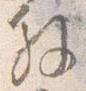
解